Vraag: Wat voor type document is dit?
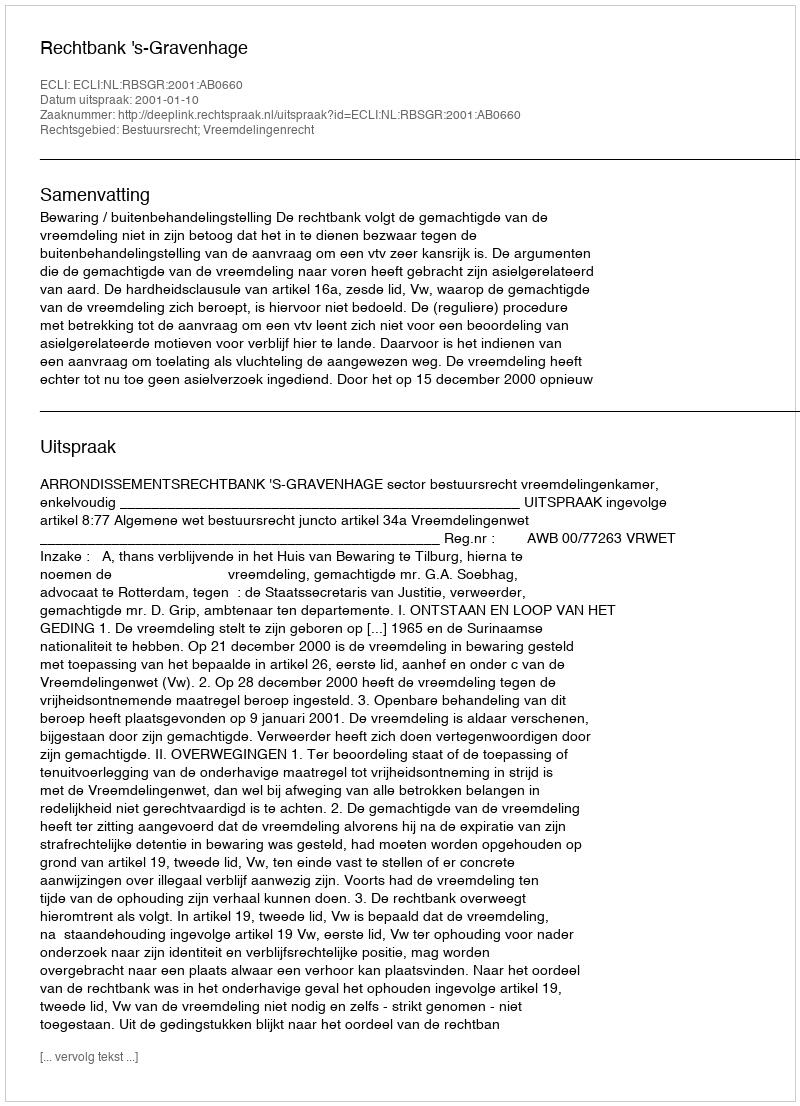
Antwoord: Uitspraak